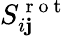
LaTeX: S_{i\mathbf{j}}^{\mathrm{{~r~o~t~}}}